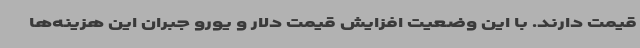
قیمت دارند. با این وضعیت افزایش قیمت دلار و یورو جبران این هزینه‌ها